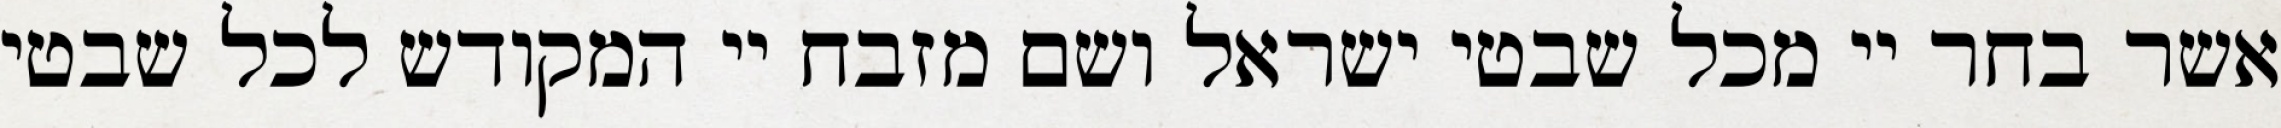
אשר בחר יי מכל שבטי ישראל ושם מזבח יי המקודש לכל שבטי